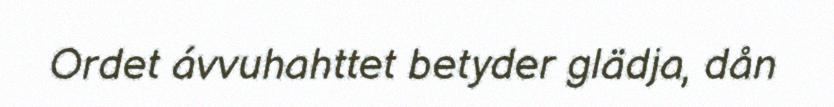
Ordet ávvuhahttet betyder glädja, dån